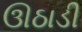
ઊઠાડી